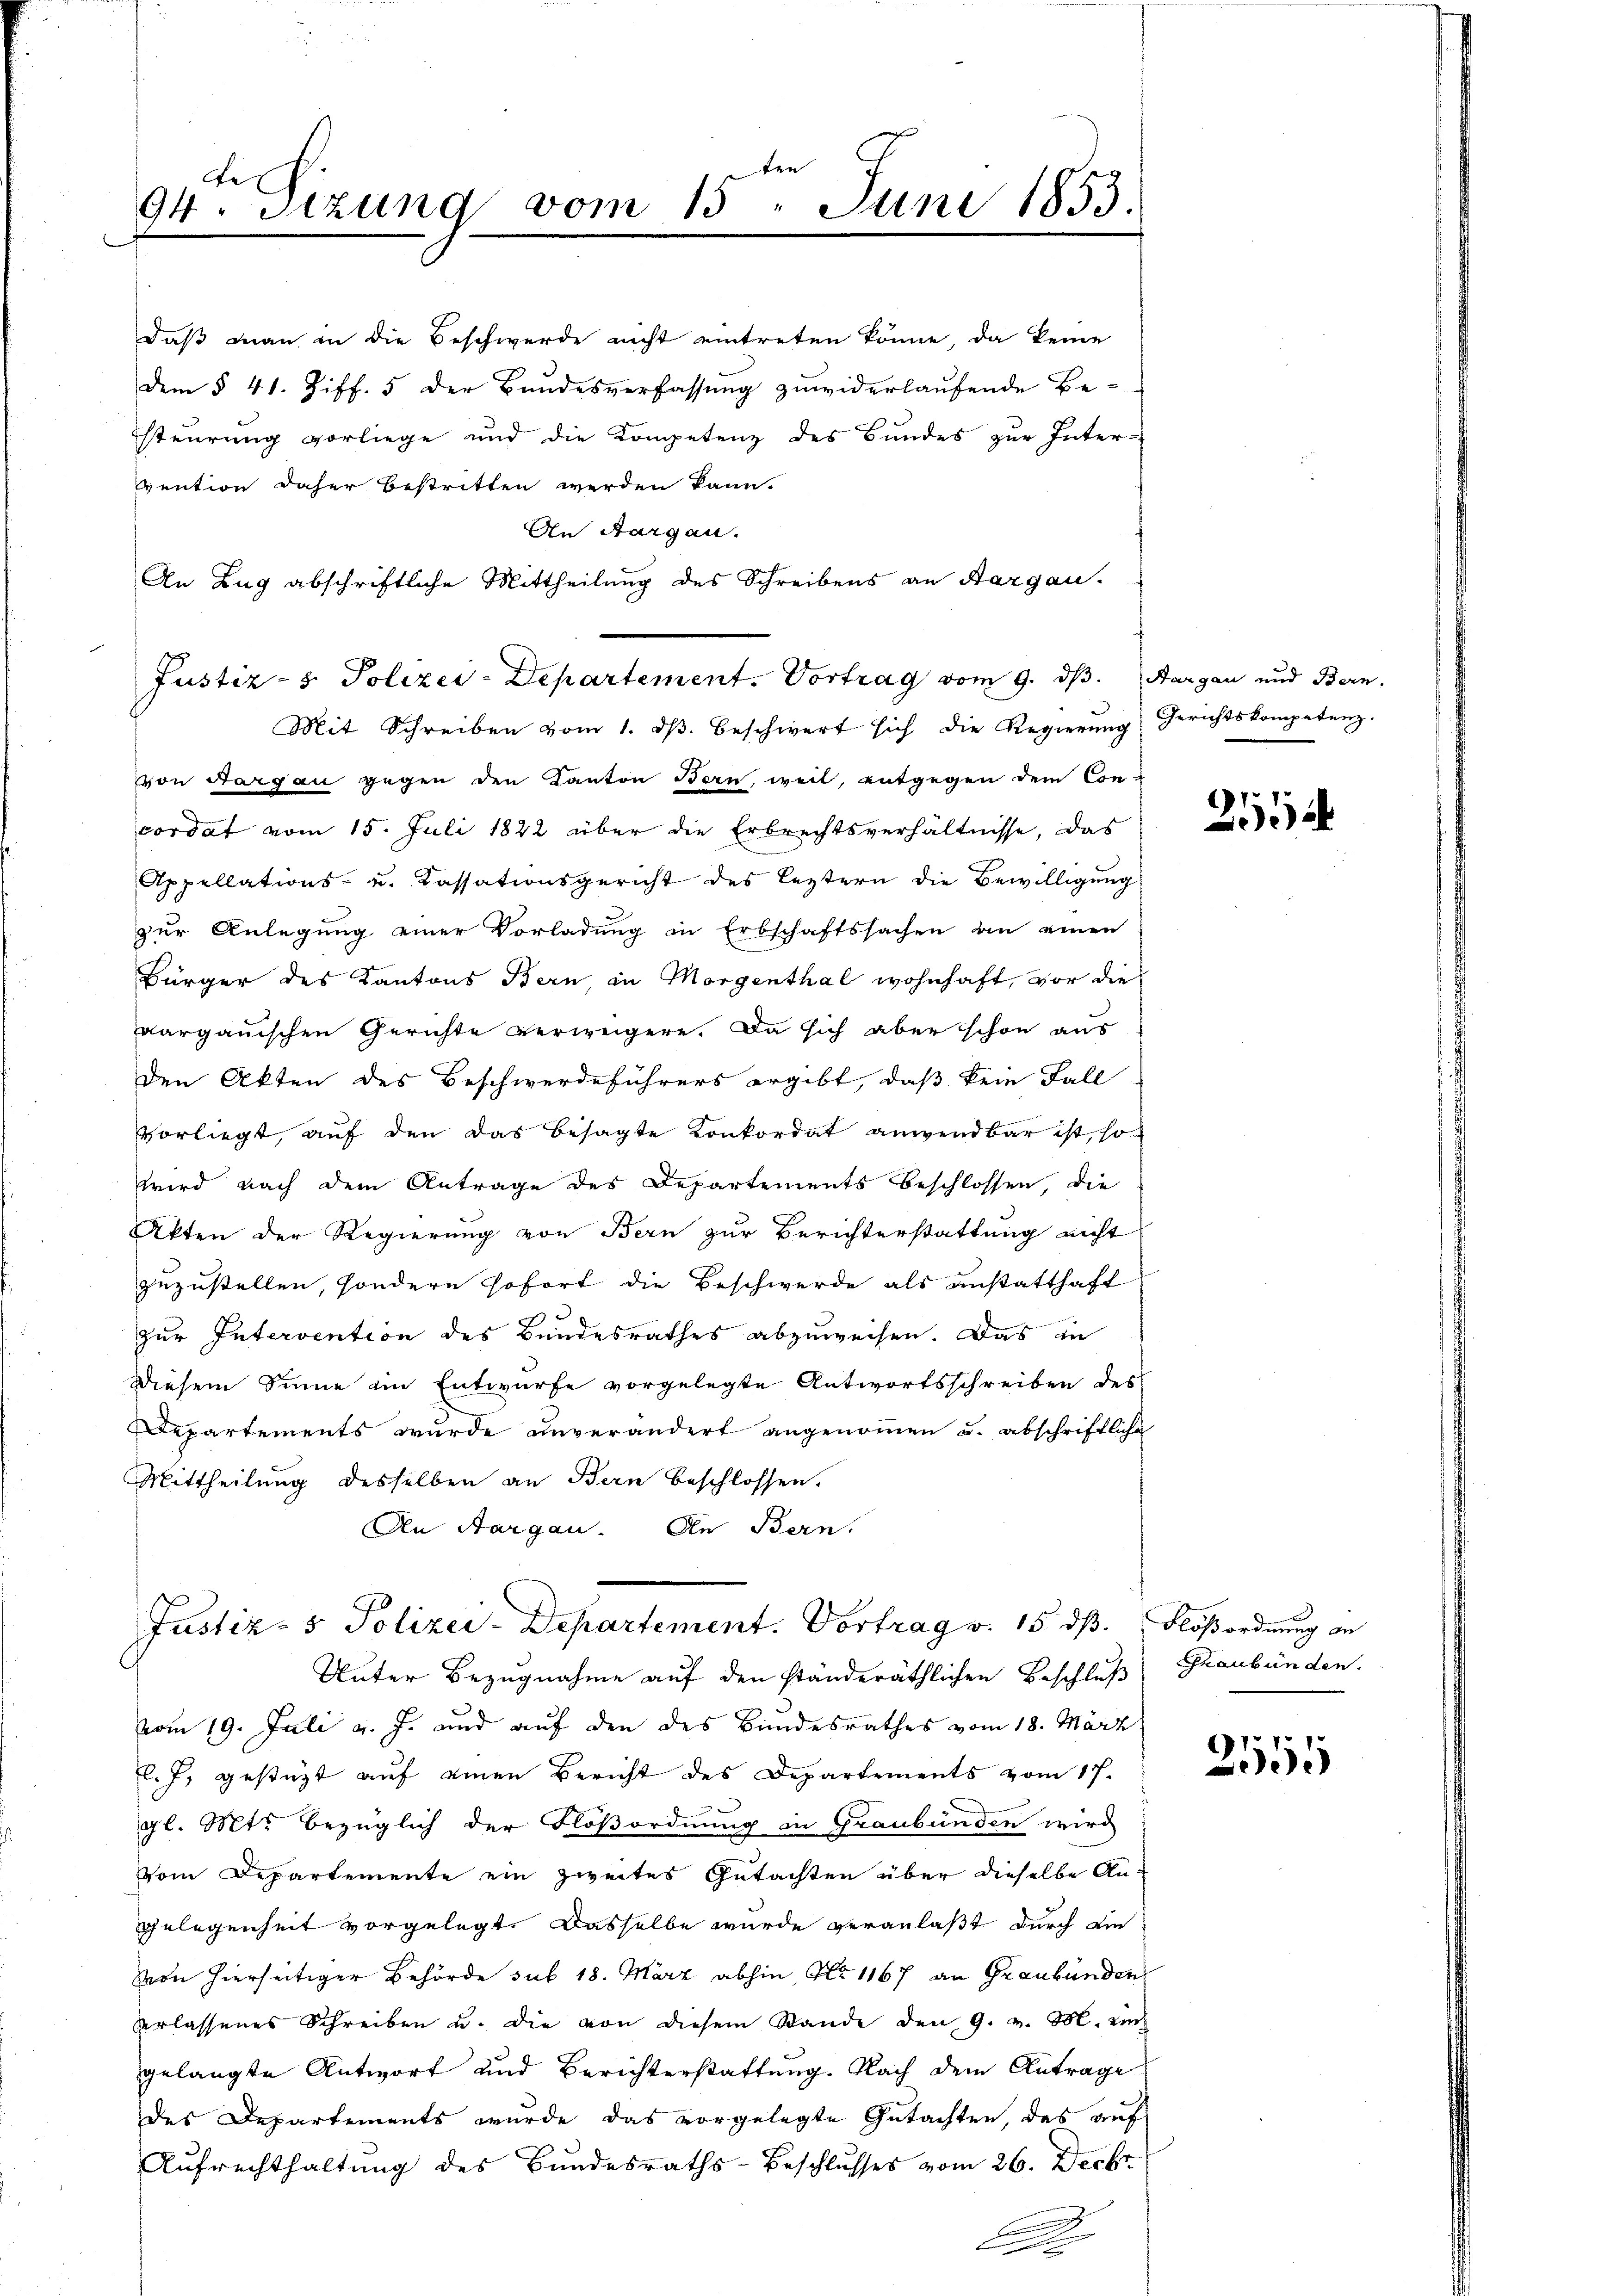
ten
Ge
94. Sitzung vom 15. Juni 1853.

daß man in die Beschwerde nicht eintreten könne, da keine
dem § 41. Ziff. 5 der Bundesverfassung zuwiderlaufende Be-
steurung vorliege und die Kompetenz des Bundes zur Inter-
vention daher bestritten werden kann.
An Aargau.
An Zug abschriftliche Mittheilung des Schreibens an Aargau.
Mit Schreiben vom 1. dβ. Beschwert sich die Regierung Gerichtskompetenz.
von Aargau gegen den Kanton Bern, weil, entgegen dem Con-
cordat vom 15. Juli 1822 über die Erbrechtsverhältnisse, das
Appellations- u. Kassationsgericht des leztern die Bewilligung
zur Anlegung einer Vorladung in Erbschaftssachen an einen
Bürger des Kantons Bern in Morgenthal wohnhaft, vor die
aargauischen Gerichte verweigere. Da sich aber schon aus
den Akten des Beschwerdeführers ergibt, daß kein Fall
vorliegt, auf den das besagte Konkordat anwendbar ist, so
wird nach dem Antrage des Departements beschlossen, die
Akten der Regierung von Bern zur Berichterstattung nicht
zuzustellen, sondern sofort die Beschwerde als anstatthaft
zur Intervention des Bundesrathes abzuweisen. Das in
Diesem Sinne ein Entwurfe vorgelegte Antwortsschreiben des
Departements wurde unverändert angenommen u. abschriftliche
Mittheilung desselben an Bern beschlossen.
An Aargau. An Bern.

Justiz- & Polizei-Departement. Vortrag vom 9. ds. Aargau und Bern,

Unter Bezugnahme auf den ständeräthlichen Beschluß Graubünden.
vom 19. Juli v. J. und auf den des Bundesrathes vom 18. März
l. J. gestützt auf einen Bericht des Departements vom 17.
gl. Mts. bezüglich der Flößordnung in Graubünden wird
Vom Departemente ein zweites Gutachten über dieselbe Angelegenheit vorgelegt. Dasselbe wurde veranlaßt durch die
Von hierseitiger Behörde sub 18. März abhin, No 1167 an Graubünden
verlassenes Schreiben u. die von diesem Stande den 9. v. M. ein
gelangte Antwort und Berichterstattung. Nach dem Antrage
des Departements wurde das vorgelegte Gutachten, das auf
Aufrechthaltung des Bundesraths-Beschlusses vom 26. Decbr
.
d

Justiz- & Polizei-Departement. Vortrag v. 15. dß. Flößordnung an

2154

11.
5